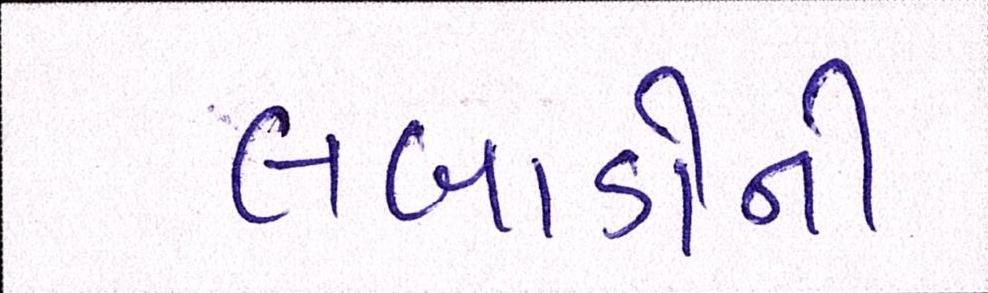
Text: લબાડોની